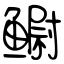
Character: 鳚